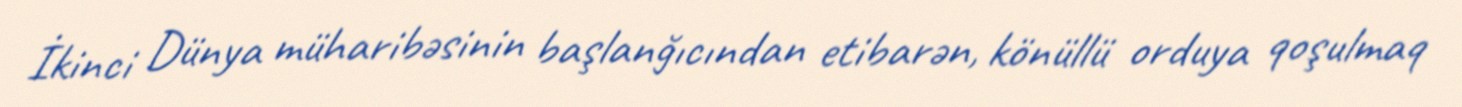
İkinci Dünya müharibəsinin başlanğıcından etibarən, könüllü orduya qoşulmaq